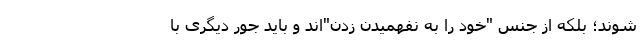
شوند؛ بلکه از جنس "خود را به نفهمیدن زدن"‌اند و باید جور دیگری با